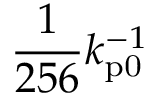
\frac { 1 } { 2 5 6 } k _ { \mathrm { p 0 } } ^ { - 1 }